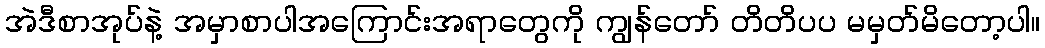
အဲဒီစာအုပ်နဲ့ အမှာစာပါအကြောင်းအရာတွေကို ကျွန်တော် တိတိပပ မမှတ်မိတော့ပါ။